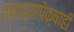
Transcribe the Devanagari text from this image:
त्याच्यापेक्षाही